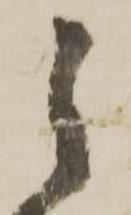
之